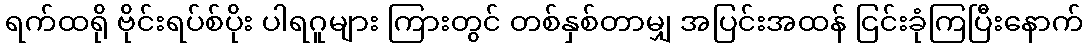
ရက်ထရို ဗိုင်းရပ်စ်ပိုး ပါရဂူများ ကြားတွင် တစ်နှစ်တာမျှ အပြင်းအထန် ငြင်းခုံကြပြီးနောက်